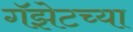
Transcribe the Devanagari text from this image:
गॅझेटच्या